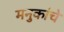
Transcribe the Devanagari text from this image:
मनुकांचे